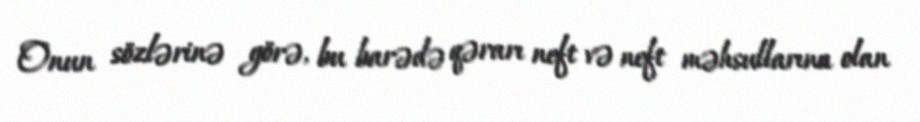
Onun sözlərinə görə, bu barədə qərarı neft və neft məhsullarına olan